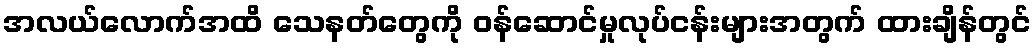
အလယ်လောက်အထိ သေနတ်တွေကို ဝန်ဆောင်မှုလုပ်ငန်းများအတွက် ထားချိန်တွင်